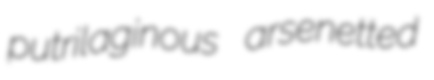
putrilaginous arsenetted